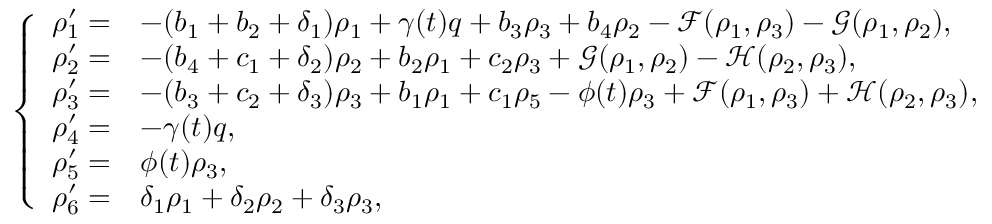
\left\{ \begin{array} { l l l l } { \rho _ { 1 } ^ { \prime } = } & { - ( b _ { 1 } + b _ { 2 } + \delta _ { 1 } ) \rho _ { 1 } + \gamma ( t ) q + b _ { 3 } \rho _ { 3 } + b _ { 4 } \rho _ { 2 } - \mathcal { F } ( \rho _ { 1 } , \rho _ { 3 } ) - \mathcal { G } ( \rho _ { 1 } , \rho _ { 2 } ) , } \\ { \rho _ { 2 } ^ { \prime } = } & { - ( b _ { 4 } + c _ { 1 } + \delta _ { 2 } ) \rho _ { 2 } + b _ { 2 } \rho _ { 1 } + c _ { 2 } \rho _ { 3 } + \mathcal { G } ( \rho _ { 1 } , \rho _ { 2 } ) - \mathcal { H } ( \rho _ { 2 } , \rho _ { 3 } ) , } \\ { \rho _ { 3 } ^ { \prime } = } & { - ( b _ { 3 } + c _ { 2 } + \delta _ { 3 } ) \rho _ { 3 } + b _ { 1 } \rho _ { 1 } + c _ { 1 } \rho _ { 5 } - \phi ( t ) \rho _ { 3 } + \mathcal { F } ( \rho _ { 1 } , \rho _ { 3 } ) + \mathcal { H } ( \rho _ { 2 } , \rho _ { 3 } ) , } \\ { \rho _ { 4 } ^ { \prime } = } & { - \gamma ( t ) q , } \\ { \rho _ { 5 } ^ { \prime } = } & { \phi ( t ) \rho _ { 3 } , } \\ { \rho _ { 6 } ^ { \prime } = } & { \delta _ { 1 } \rho _ { 1 } + \delta _ { 2 } \rho _ { 2 } + \delta _ { 3 } \rho _ { 3 } , } \end{array} \right.